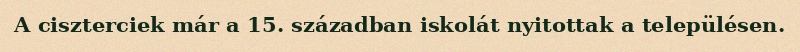
A ciszterciek már a 15. században iskolát nyitottak a településen.